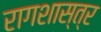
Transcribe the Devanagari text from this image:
रागशास्त्र